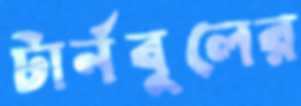
টার্নবুলের